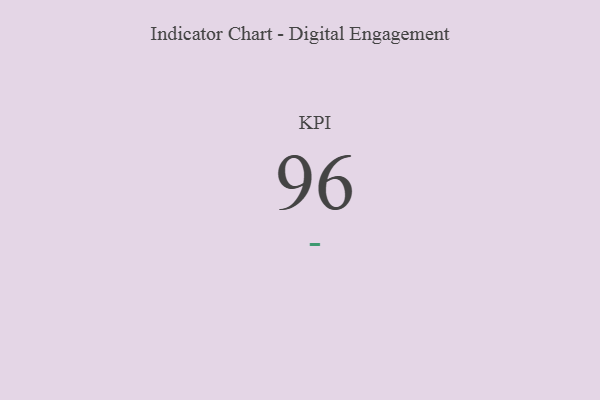
{"axis": {"x": "KPI", "y": "Value"}, "legend": [""], "data": [{"x": "KPI", "y": 96, "type": ""}]}